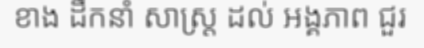
ខាង ដឹកនាំ សាស្ត្រ ដល់ អង្គភាព ជួរ